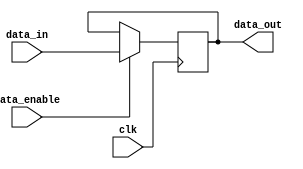
module data_enable_latch (
    input wire clk,
    input wire data_enable,
    input wire data_in,
    output reg data_out
);

// Declare a reg to store the data value
reg data_reg;

// On positive edge of clock, if data_enable is active, update data_reg with data_in
always @(posedge clk) begin
    if (data_enable) begin
        data_reg <= data_in;
    end
end

// Assign data_out with the stored data value
assign data_out = data_reg;

endmodule